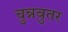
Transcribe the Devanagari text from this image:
चुन्नबुतर